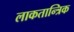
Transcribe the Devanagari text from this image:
लाकतान्त्रिक